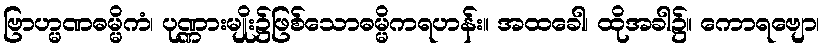
ဗြာဟ္မဏဓမ္မိကံ၊ ပုဏ္ဏားမျိုး၌ဖြစ်သောဓမ္မိကရဟန်း။ အထခေါ၊ ထိုအခါ၌။ ကောရဗျော၊